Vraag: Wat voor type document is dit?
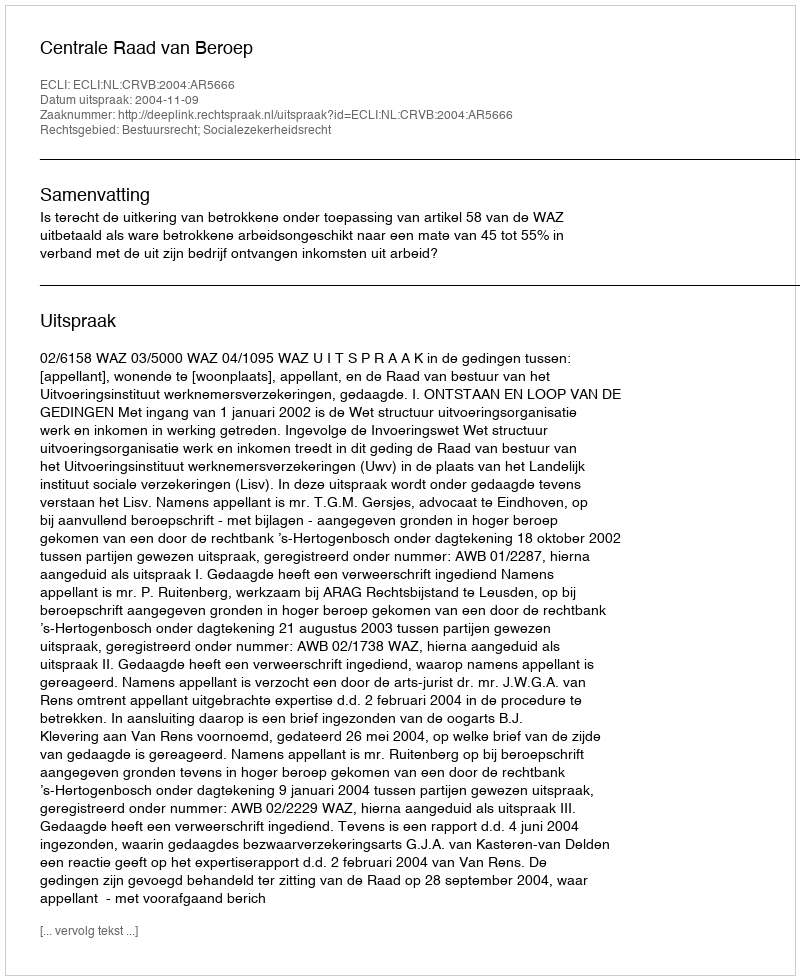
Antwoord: Uitspraak